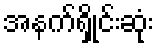
အနက်ရှိုင်းဆုံး